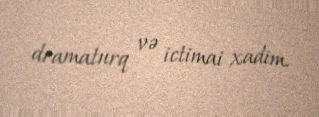
dramaturq və ictimai xadim.